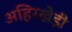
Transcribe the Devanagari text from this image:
अहिरखेड़ी